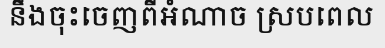
នឹងចុះចេញពីអំណាច ស្របពេល